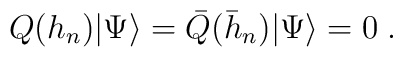
Q(h_{n})|\Psi\rangle=\bar{Q}(\bar{h}_{n})|\Psi\rangle=0\;.